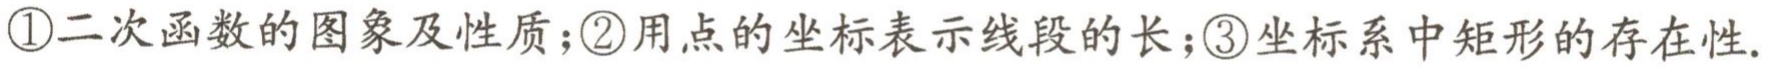
\textcircled{1}二次函数的图象及性质；\textcircled{2}用点的坐标表示线段的长；\textcircled{3}坐标系中矩形的存在性.